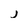
Character: j